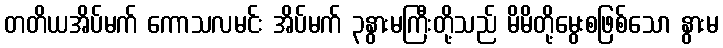
တတိယအိပ်မက် ကောသလမင်း အိပ်မက် ၃နွားမကြီးတို့သည် မိမိတို့မွေးစဖြစ်သော နွားမ